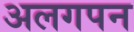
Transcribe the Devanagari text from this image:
अलगपन